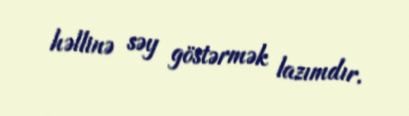
həllinə səy göstərmək lazımdır.